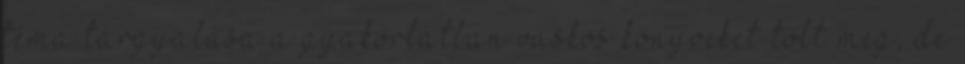
téma tárgyalása a gyakorlatban vaskos könyveket tölt meg, de